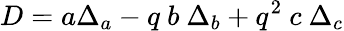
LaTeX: D=a\Delta_{a}-q\ b\ \Delta_{b}+q^{2}\ c\ \Delta_{c}